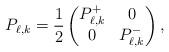
LaTeX: \begin{align*}P_{\ell,k} =\frac{1}{2}\begin{pmatrix} P_{\ell,k}^+&0\\0& P_{\ell,k}^-\end{pmatrix},\end{align*}